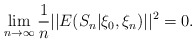
\begin{align*}\lim_{n\rightarrow\infty}\frac{1}{n}||E(S_{n}|\xi_{0},\xi_{n})||^{2}=0.\text{} \end{align*}